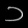
Digit: ၁